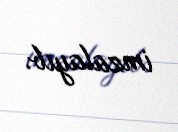
imzalayıb.